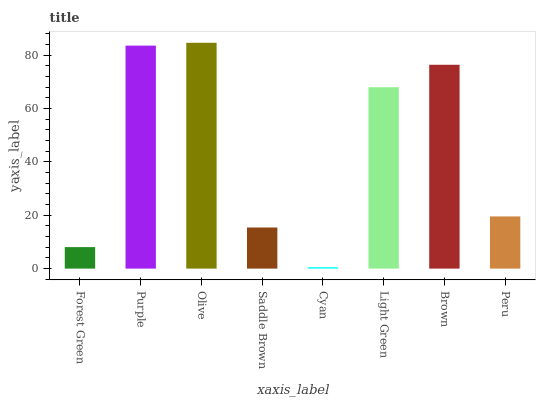
| xaxis_label | bars |
 | --- | --- |
 | Forest Green | 8.06 |
 | Purple | 83.5 |
 | Olive | 84.6 |
 | Saddle Brown | 15.4 |
 | Cyan | 0.526 |
 | Light Green | 67.9 |
 | Brown | 76.4 |
 | Peru | 19.5 |